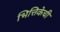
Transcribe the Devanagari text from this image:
भित्तिकेची